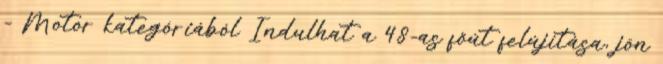
- Motor kategóriából Indulhat a 48-as főút felújítása, jön